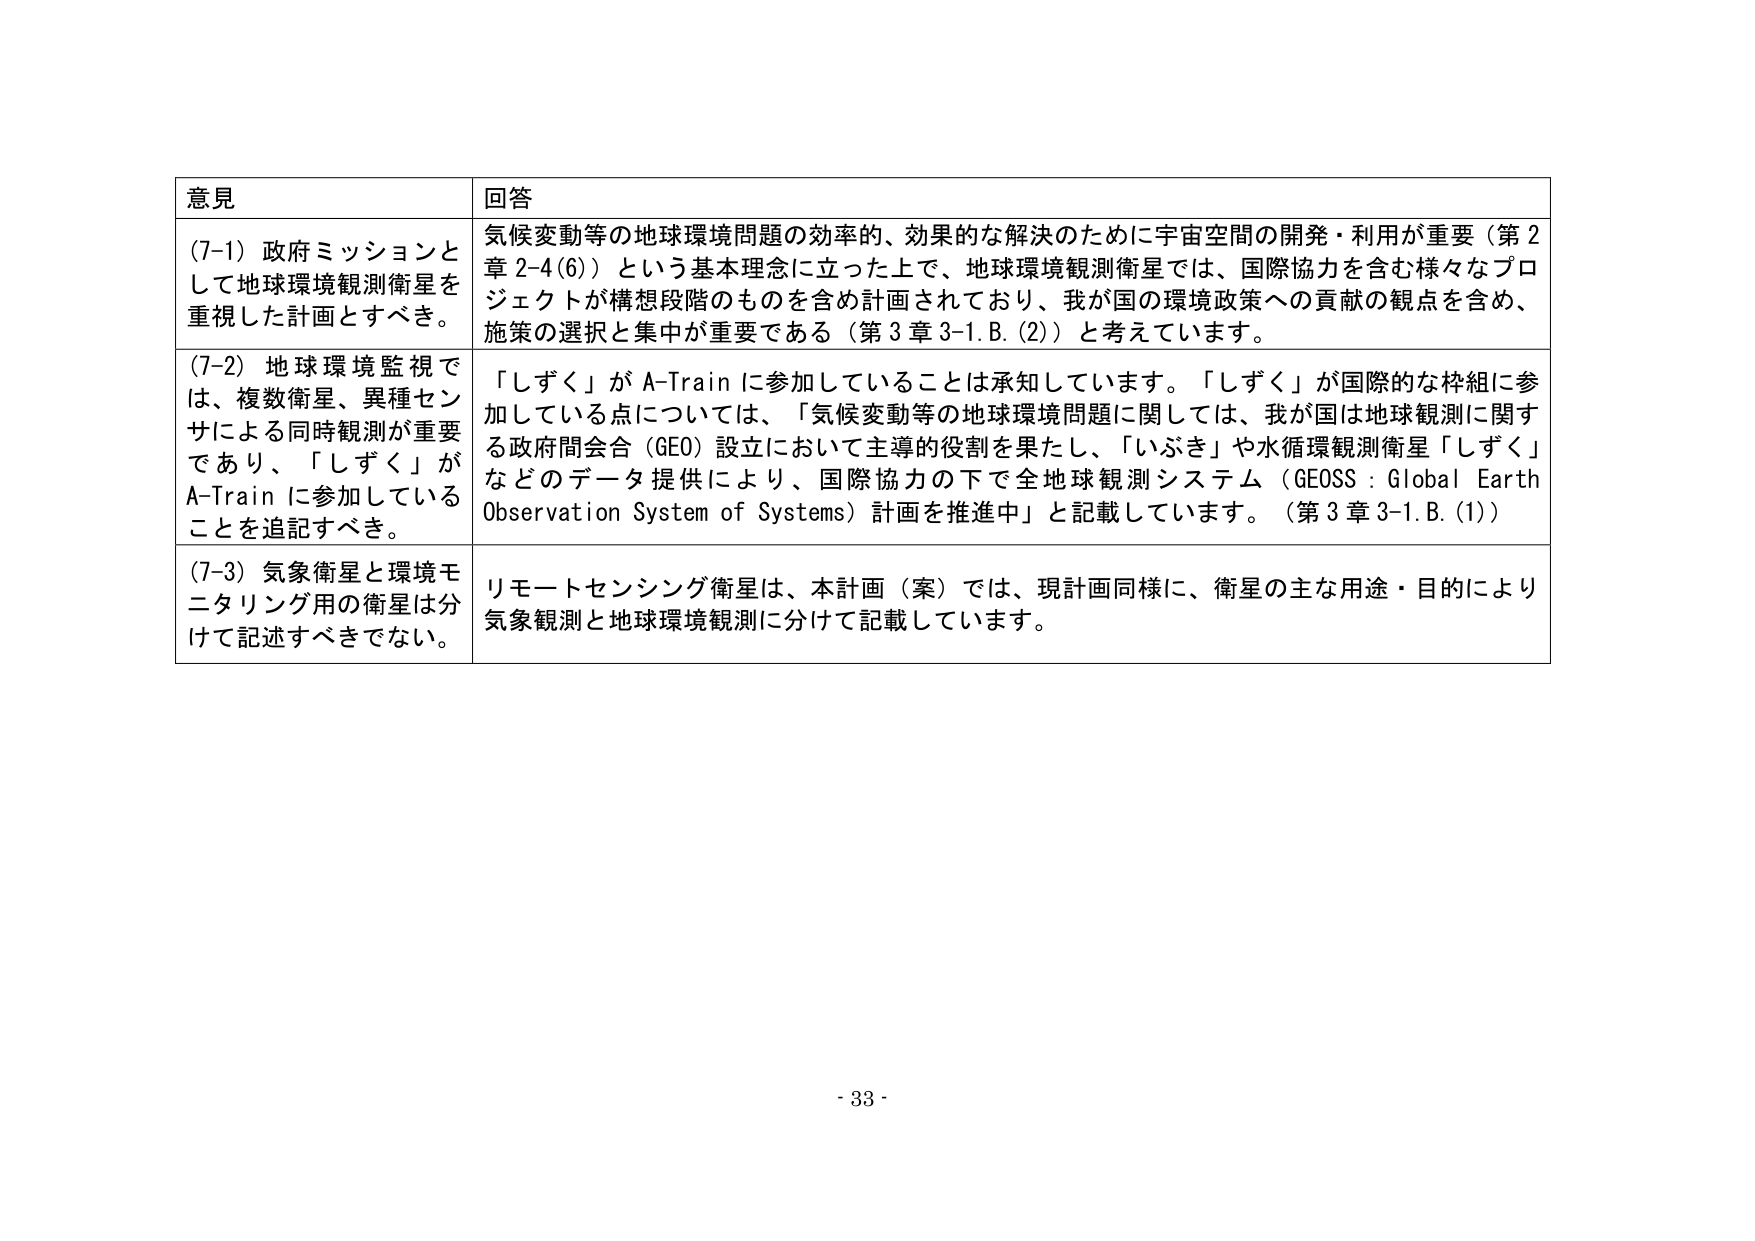
意見
(7-1) 政府ミッションとして地球環境観測衛星を重視した計画とすべき。
(7-2) 地球環境監視では、複数衛星、異種センサによる同時観測が重要であり、「しずく」がA-Trainに参加していることを追記すべき。
(7-3) 気象衛星と環境モニタリング用の衛星は分けて記述すべきでない。
回答
気候変動等の地球環境問題の効率的、効果的な解決のために宇宙空間の開発・利用が重要（第2章2-4(6)）という基本理念に立った上で、地球環境観測衛星では、国際協力を含む様々なプロジェクトが構想段階のものを含め計画されており、我が国の環境政策への貢献の観点を含め、施策の選択と集中が重要である（第3章3-1.B.(2)）と考えています。
「しずく」がA-Trainに参加していることは承知しています。「しずく」が国際的な枠組に参加している点については、「気候変動等の地球環境問題に関しては、我が国は地球観測に関する政府間会合（GEO）設立において主導的役割を果たし、「いぶき」や水循環観測衛星「しずく」などのデータ提供により、国際協力の下で全地球観測システム（GEOSS：Global Earth Observation System of Systems）計画を推進中」と記載しています。（第3章3-1.B.(1)）
リモートセンシング衛星は、本計画（案）では、現計画同様に、衛星の主な用途・目的により気象観測と地球環境観測に分けて記載しています。
- 33 -